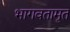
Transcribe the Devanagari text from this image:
भागवतामृत